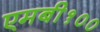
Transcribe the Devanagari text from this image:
एमबी१००